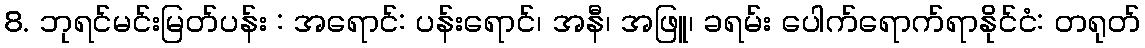
8. ဘုရင်မင်းမြတ်ပန်း : အရောင်: ပန်းရောင်၊ အနီ၊ အဖြူ၊ ခရမ်း ပေါက်ရောက်ရာနိုင်ငံ: တရုတ်